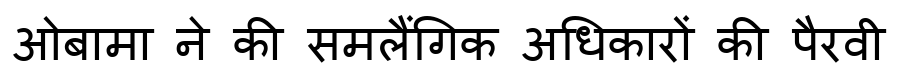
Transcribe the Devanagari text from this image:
ओबामा ने की समलैंगिक अधिकारों की पैरवी